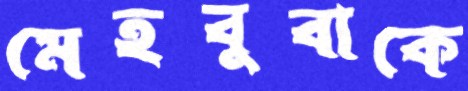
মেহবুবাকে